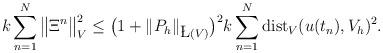
LaTeX: \begin{align*} k \sum_{n = 1}^N \big\| \Xi^n \big\|_V^2 \le \big( 1 + \| P_h \|_{\L(V)} \big)^2 k \sum_{n = 1}^N \mathrm{dist}_V(u(t_n), V_h)^2. \end{align*}